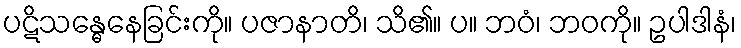
ပဋိသန္ဓေနေခြင်းကို။ ပဇာနာတိ၊ သိ၏။ ပ။ ဘဝံ၊ ဘဝကို။ ဥပါဒါနံ၊